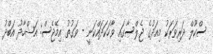
ސްކޫލް ދަރިވަރަކު މިއަދުގެ ޖެލްސާގައި ވާހަކަދައްކަނީ - ވަގުތު އިމޭޖެސް: އަޝްހާދު އަބްދު